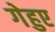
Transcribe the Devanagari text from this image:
गेहुए